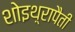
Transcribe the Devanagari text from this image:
शोइथ़्रापैती